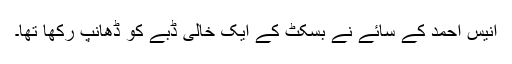
انیس احمد کے سائے نے بسکٹ کے ایک خالی ڈبے کو ڈھانپ رکھا تھا۔